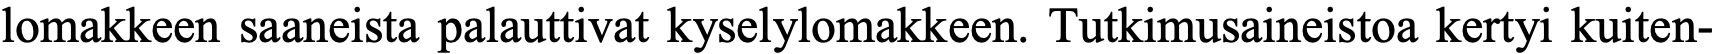
lomakkeen saaneista palauttivat kyselylomakkeen. Tutkimusaineistoa kertyi kuiten-